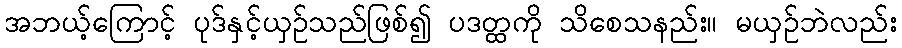
အဘယ့်ကြောင့် ပုဒ်နှင့်ယှဉ်သည်ဖြစ်၍ ပဒတ္ထကို သိစေသနည်း။ မယှဉ်ဘဲလည်း